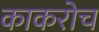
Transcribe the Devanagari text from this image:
काकरोच